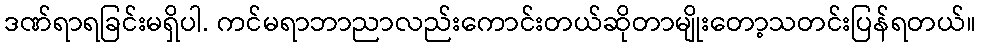
ဒဏ်ရာရခြင်းမရှိပါ. ကင်မရာဘာညာလည်းကောင်းတယ်ဆိုတာမျိုးတော့သတင်းပြန်ရတယ်။